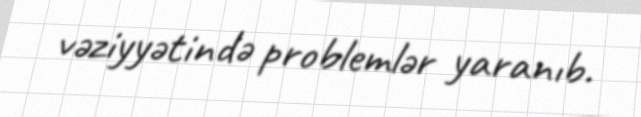
vəziyyətində problemlər yaranıb.